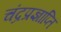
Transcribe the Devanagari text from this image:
चंद्रप्रज्ञाप्ति